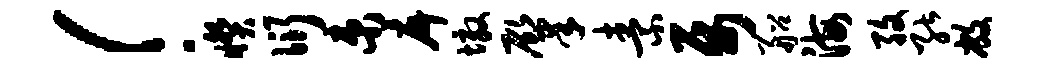
！睽衍束戽墩肇素属船海孜能敝